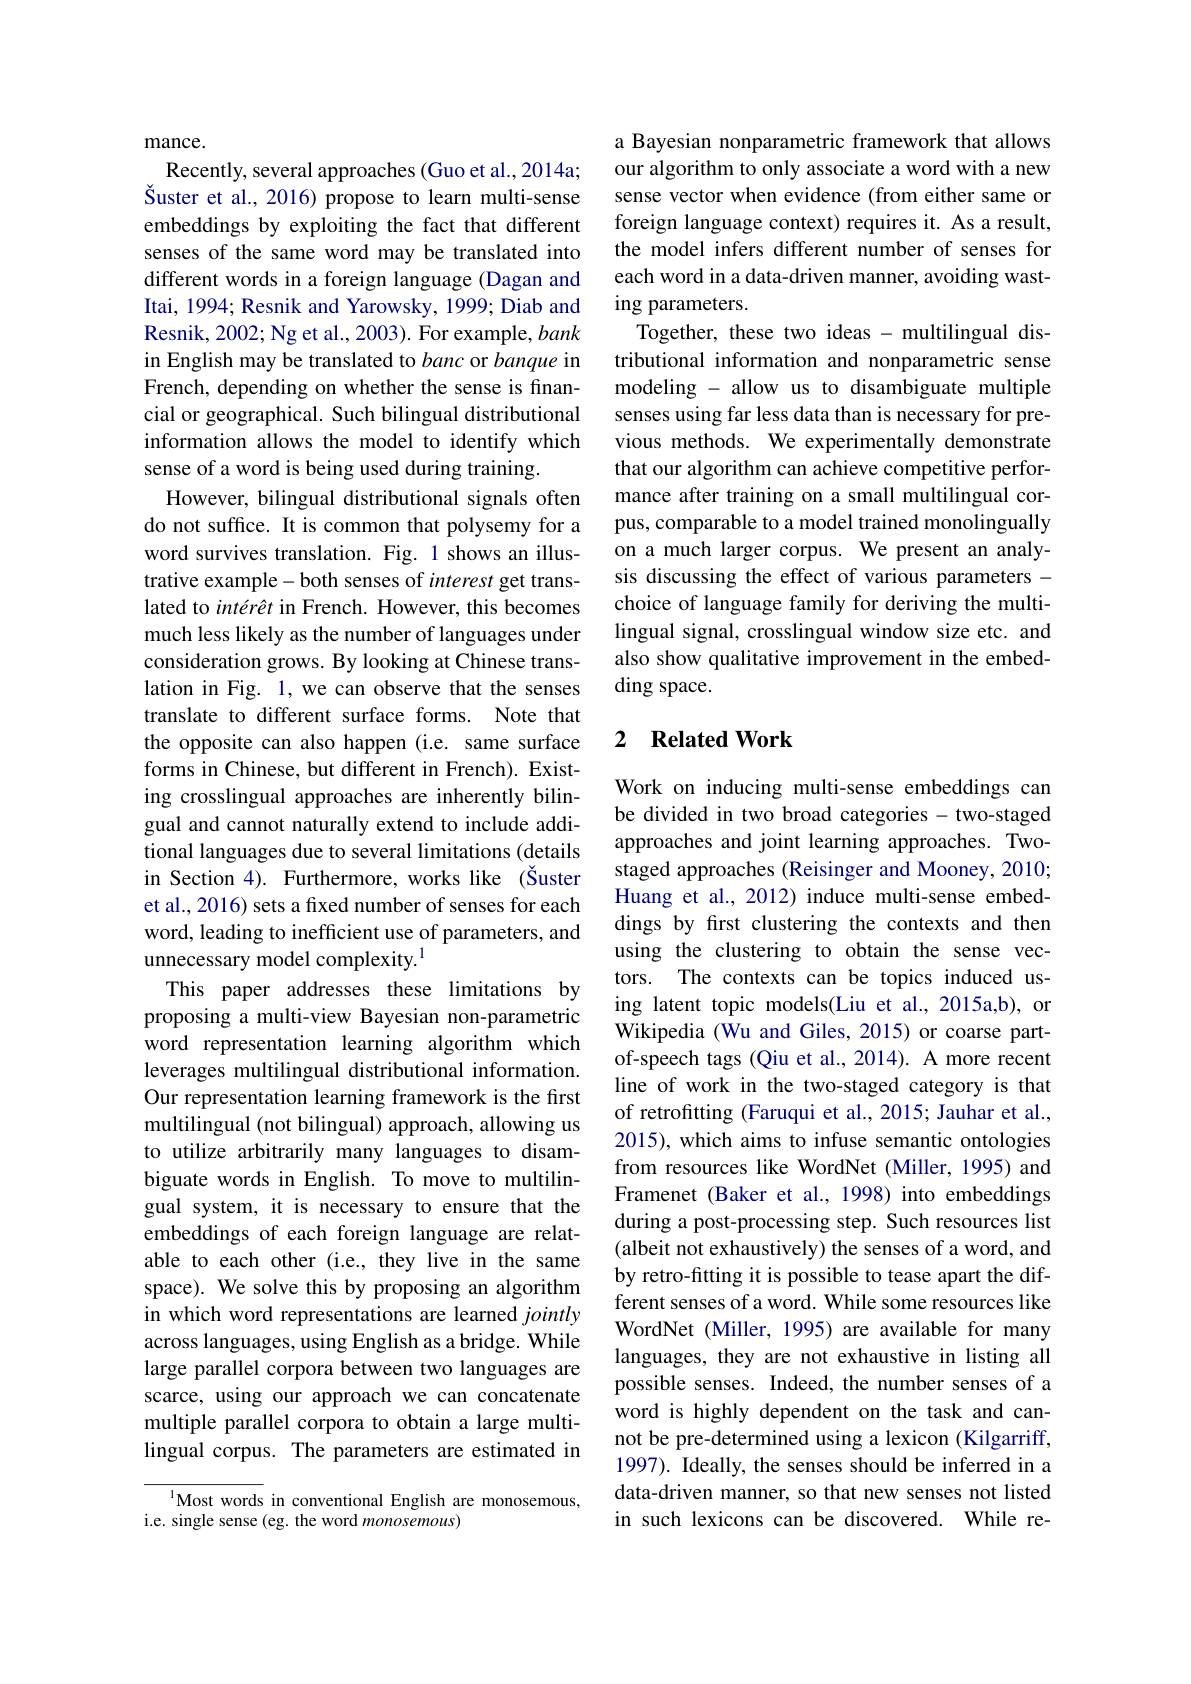
mance.
Recently, several approaches (Guo et al.,2014a; Šuster et al., 2016) propose to learn multi-sense embeddings by exploiting the fact that different senses of the same word may be translated into different words in a foreign language (Dagan and Itai, 1994; Resnik and Yarowsky, 1999; Diab and Resnik, 2002; Ng et al., 2003). For example, bank in English may be translated to banc or banque in French, depending on whether the sense is financial or geographical. Such bilingual distributional information allows the model to identify which sense of a word is being used during training.
However, bilingual distributional signals often do not suffice. It is common that polysemy for a word survives translation. Fig. 1 shows an illustrative example- both senses of interest get translated to intérêt in French. However, this becomes much less likely as the number of languages under consideration grows. By looking at Chinese translation in Fig. 1, we can observe that the senses translate to different surface forms. Note that the opposite can also happen (i.e. same surface forms in Chinese, but different in French). Existing crosslingual approaches are inherently bilingual and cannot naturally extend to include additional languages due to several limitations (details in Section 4). Furthermore, works like (Šuster et al., 2016) sets a fixed number of senses for each word, leading to inefficient use of parameters, and unnecessary model complexity.$^{1}$
This paper addresses these limitations by proposing a multi-view Bayesian non-parametric word representation learning algorithm which leverages multilingual distributional information. Our representation learning framework is the first multilingual (not bilingual) approach, allowing us to utilize arbitrarily many languages to disambiguate words in English. To move to multilingual system, it is necessary to ensure that the embeddings of each foreign language are relatable to each other (i.e., they live in the same space). We solve this by proposing an algorithm in which word representations are learned jointly across languages, using English as a bridge. While large parallel corpora between two languages are scarce, using our approach we can concatenate multiple parallel corpora to obtain a large multilingual corpus. The parameters are estimated in

$^{1}$Most words in conventional English are monosemous,
i.e. single sense (eg. the word monosemous)

a Bayesian nonparametric framework that allows our algorithm to only associate a word with a new sense vector when evidence (from either same or foreign language context) requires it. As a result, the model infers different number of senses for each word in a data-driven manner, avoiding wasting parameters.
Together, these two ideas - multilingual distributional information and nonparametric sense modeling - allow us to disambiguate multiple senses using far less data than is necessary for previous methods. We experimentally demonstrate that our algorithm can achieve competitive performance after training on a small multilingual corpus, comparable to a model trained monolingually on a much larger corpus. We present an analysis discussing the effect of various parameters - choice of language family for deriving the multilingual signal, crosslingual window size etc. and also show qualitative improvement in the embedding space.

## 2 $\textbf{Related Work}$

Work on inducing multi-sense embeddings can be divided in two broad categories - two-staged approaches and joint learning approaches. Twostaged approaches (Reisinger and Mooney, 2010; Huang et al., 2012) induce multi-sense embeddings by frst clustering the contexts and then using the clustering to obtain the sense vectors. The contexts can be topics induced using latent topic models(Liu et al.,2015a,b), or Wikipedia (Wu and Giles, 2015) or coarse partof-speech tags (Qiu et al., 2014). A more recent line of work in the two-staged category is that of retrofitting (Faruqui et al., 2015; Jauhar et al., 2015), which aims to infuse semantic ontologies from resources like WordNet (Miller, 1995) and Framenet (Baker et al., 1998) into embeddings during a post-processing step. Such resources list (albeit not exhaustively) the senses of a word, and by retro-fitting it is possible to tease apart the different senses of a word. While some resources like WordNet (Miller, 1995) are available for many languages, they are not exhaustive in listing all possible senses. Indeed, the number senses of a word is highly dependent on the task and cannot be pre-determined using a lexicon (Kilgarriff, 1997). Ideally, the senses should be inferred in a data-driven manner, so that new senses not listed in such lexicons can be discovered. While re-